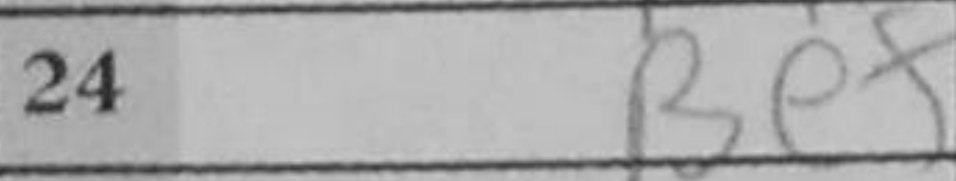
Transcription: Be5